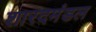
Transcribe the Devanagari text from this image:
शारदमंडल